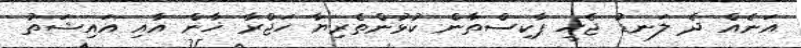
އަނެއް ދެ ލަނޑު ޖެހީ ޕާކިސްތާން ކުޅުންތެރިޔާ ހަޖްރާ ޚާން އާއި އައިޝަތު